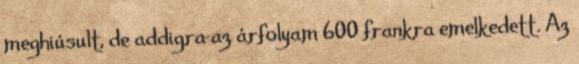
meghiúsult, de addigra az árfolyam 600 frankra emelkedett. Az